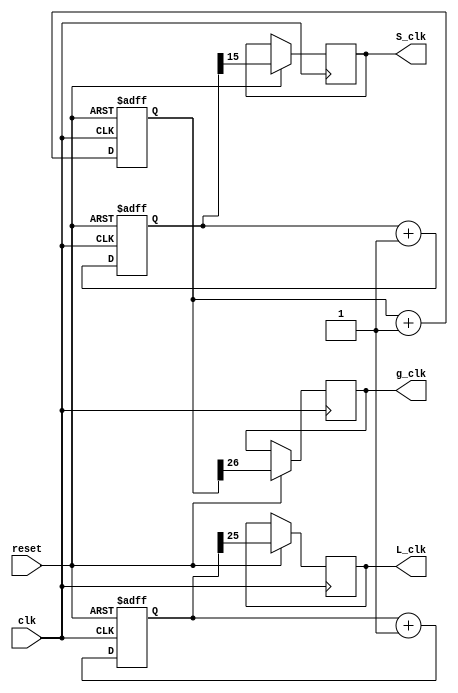
module clkCounter(L_clk, S_clk, g_clk, clk, reset);
output reg L_clk, S_clk, g_clk;
input clk, reset;
reg [16:0] S_clkCounter;
reg [25:0] L_clkCounter;
reg [26:0] g_clkCounter;
always @(posedge clk or negedge reset)
begin
    if(!reset)
    begin
        S_clkCounter <= 16'b0;
        L_clkCounter <= 26'b0;
        g_clkCounter <= 27'b0;
    end
    else
    begin
        S_clkCounter <= S_clkCounter + 1'b1;
        L_clkCounter <= L_clkCounter + 1'b1;
        g_clkCounter <= g_clkCounter + 1'b1;
        S_clk <= S_clkCounter[15];
        L_clk <= L_clkCounter[25];
        g_clk <= g_clkCounter[26];
    end
end
endmodule